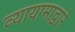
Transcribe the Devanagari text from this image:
व्यायामाद्वारे